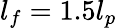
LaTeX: l_{f}=1.5l_{p}